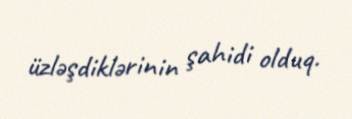
üzləşdiklərinin şahidi olduq.